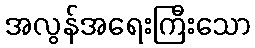
အလွန်အရေးကြီးသော